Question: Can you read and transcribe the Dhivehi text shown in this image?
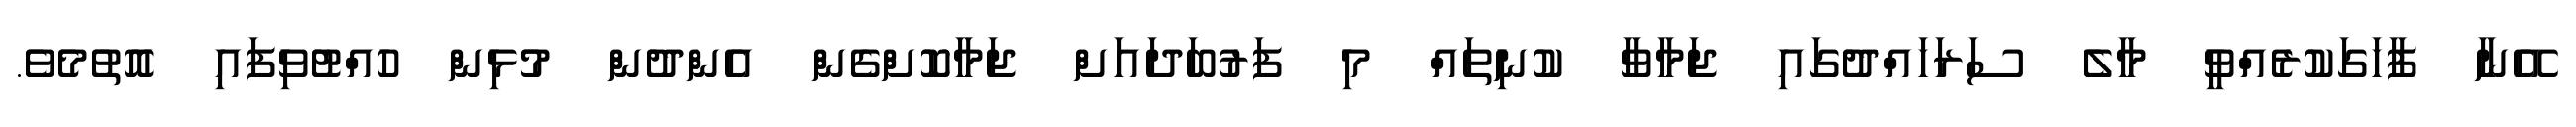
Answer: އޭނާ ފާހަގަކުރެއްވީ މާލެ ސަރަހައްދުގައި ޖަމާވާ ކުނިތައް މި ފަރުބަދައަށް ޖަމާކޮށްގެން އެންދުން މުޅިން ހުއްޓުވިފައި އޮތުމެވެ.